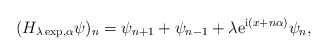
\begin{align*}(H_{\lambda\exp,\alpha}\psi)_{n}=\psi_{n+1}+\psi_{n-1}+\lambda{\rm e}^{{\rm i}(x+n\alpha)} \psi_{n},\end{align*}